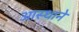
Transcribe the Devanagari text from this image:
आस्थाने